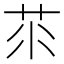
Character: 𦭅